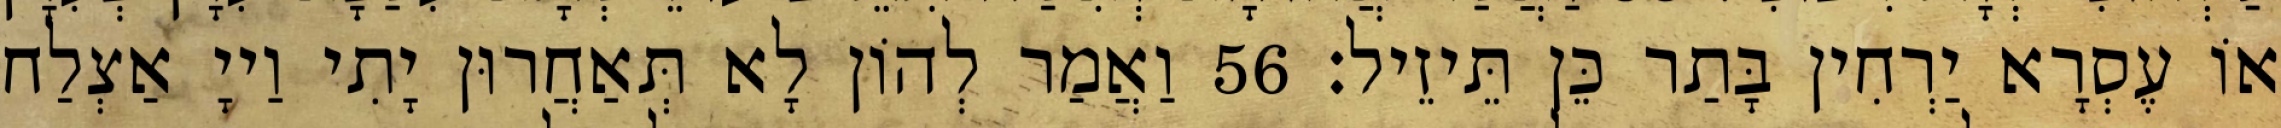
אוֹ עֶסְרָא יַרְחִין בָּתַר כֵּן תֵּיזֵיל׃ 56 וַאֲמַר לְהוֹן לָא תְּאַחֲרוּן יָתִי וַייָ אַצְלַח